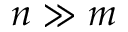
n \gg m